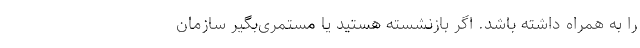
را به همراه داشته باشد. اگر بازنشسته‌ هستید یا مستمری‌بگیر سازمان